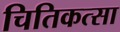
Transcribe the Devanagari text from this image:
चितिकत्सा